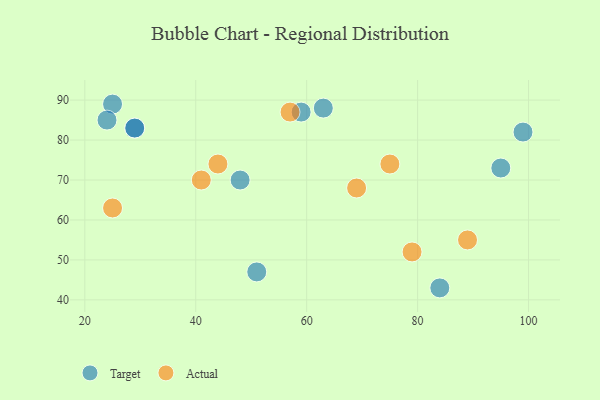
{"axis": {"x": "GDP", "y": "Life Expectancy"}, "legend": ["Actual", "Target"], "data": [{"x": "95", "y": 73, "type": "Target"}, {"x": "48", "y": 70, "type": "Target"}, {"x": "99", "y": 82, "type": "Target"}, {"x": "29", "y": 83, "type": "Target"}, {"x": "59", "y": 87, "type": "Target"}, {"x": "25", "y": 89, "type": "Target"}, {"x": "84", "y": 43, "type": "Target"}, {"x": "63", "y": 88, "type": "Target"}, {"x": "24", "y": 85, "type": "Target"}, {"x": "51", "y": 47, "type": "Target"}, {"x": "29", "y": 83, "type": "Target"}, {"x": "79", "y": 52, "type": "Actual"}, {"x": "75", "y": 74, "type": "Actual"}, {"x": "44", "y": 74, "type": "Actual"}, {"x": "89", "y": 55, "type": "Actual"}, {"x": "41", "y": 70, "type": "Actual"}, {"x": "69", "y": 68, "type": "Actual"}, {"x": "57", "y": 87, "type": "Actual"}, {"x": "25", "y": 63, "type": "Actual"}]}